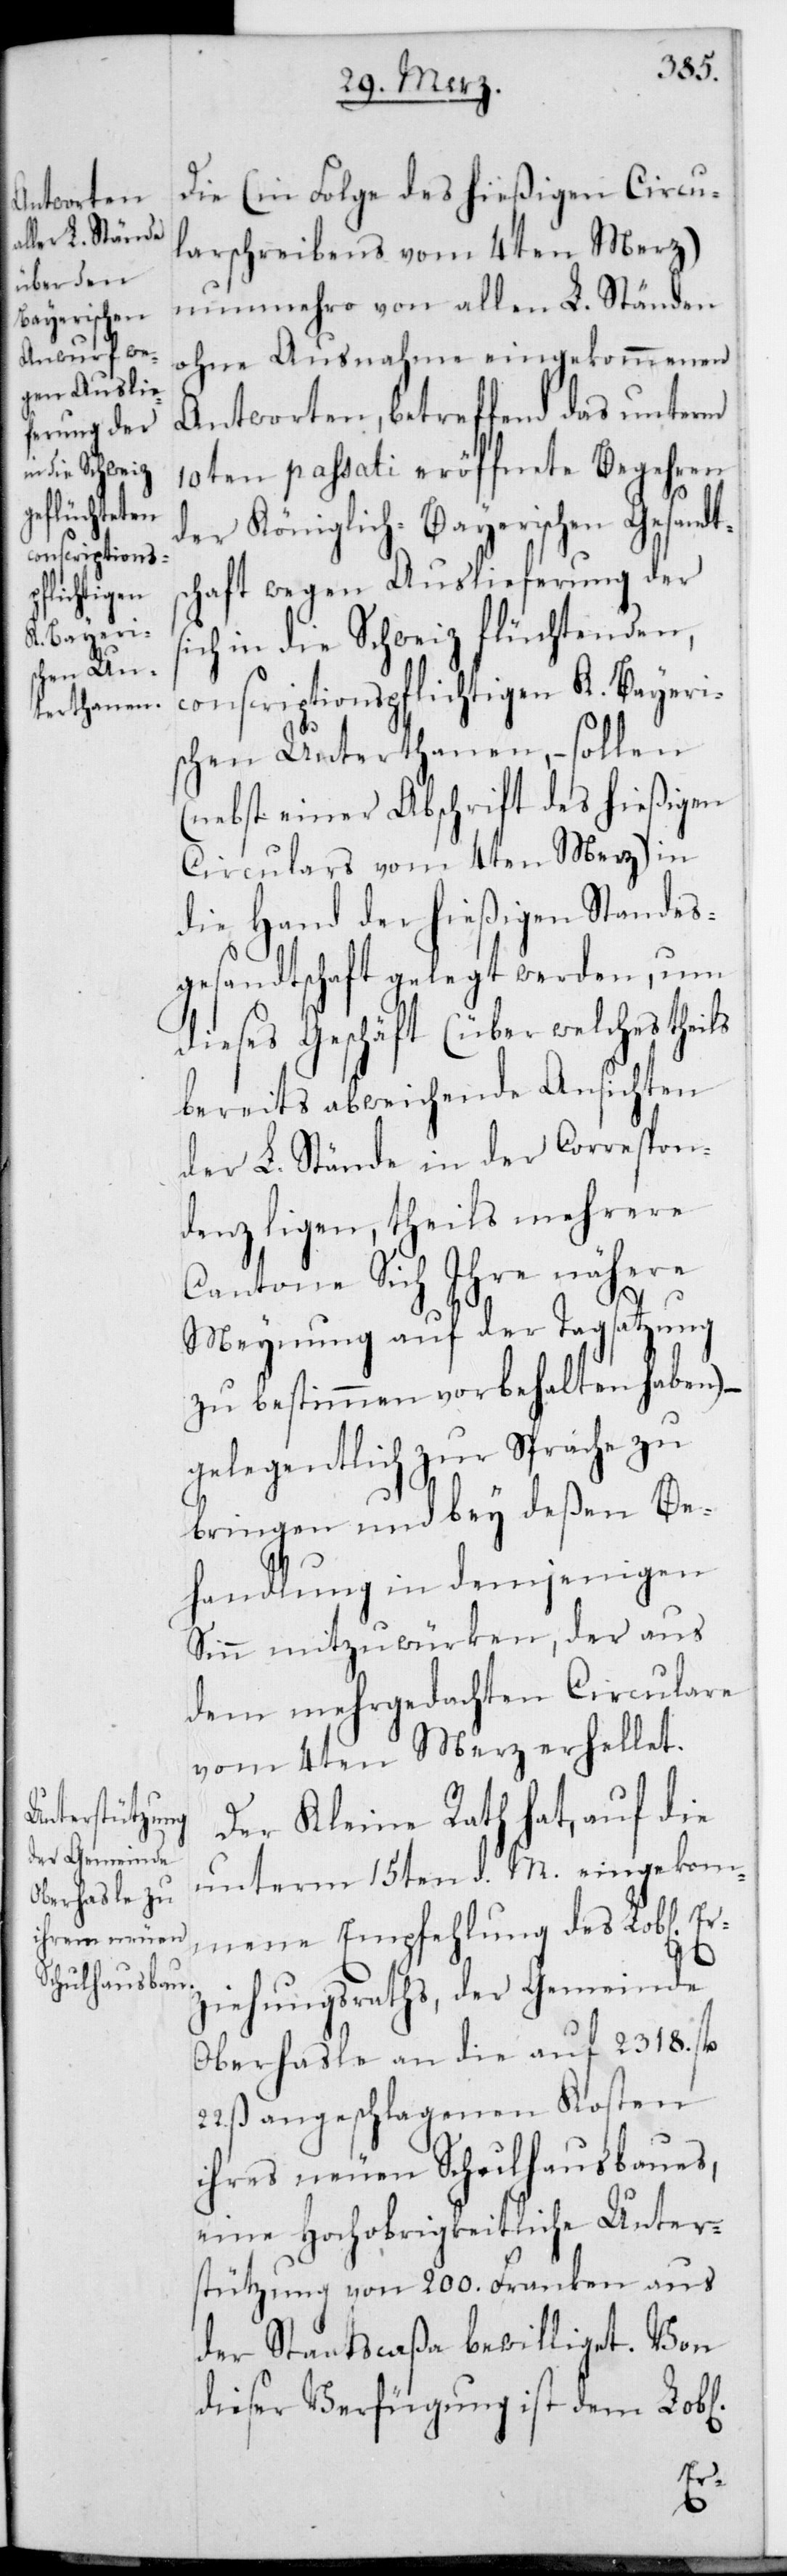
Die (in Folge des hießigen Circu¬
larschreibens vom 4ten Merz)
nunmehro von allen L. Ständen
ohne Ausnamhe eingekommenen
Antworten, betreffend das unterm
10ten passati eröffnete Begehren
der Königlich-Bayerischen Gesandts¬
chaft wegen Auslieferung der
ich in die Schweiz flüchtenden,
conscriptionspflichtigen K. Bayeri¬
schen Unterthanen, – sollen
(nebst einer Abschrift des hießigen
Circulars vom 4ten Merz) in
die Hand der hießigen Standes¬
gesandtschaft gelegt werden, um
dieses Geschäft (über welches theils
bereits abweichende Ansichten
der L. Stände in der Correspon¬
denz liegen, theils mehrere
Cantone sich ihre nähere
Meynung auf der Tagsatzung
zu bestimmen vorbehalten haben) –
gelegentlich zur Sprache zu
bringen und bey deßen Be¬
handlung in denjenigen
Sinn mitzuwürken, der aus
dem mehrgedachten Circulare
vom 4ten Merz erhellet.
Der Kleine Rath hat, auf die
unterm 15ten d. M. eingekom¬
mene Empfehlung des L. Er¬
ziehungsraths, der Gemeinde
Oberhasle an die auf 2318. fl.
22. ß angeschlagenen Kosten
ihres neuen Schulhausbaues,
eine Hochobrigkeitliche Unter¬
stützung von 200. Franken aus
der Staatscaßa bewilliget. Von
dieser Verfügung ist dem Lobl.
s¬